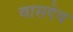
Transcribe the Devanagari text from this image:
वासदेव